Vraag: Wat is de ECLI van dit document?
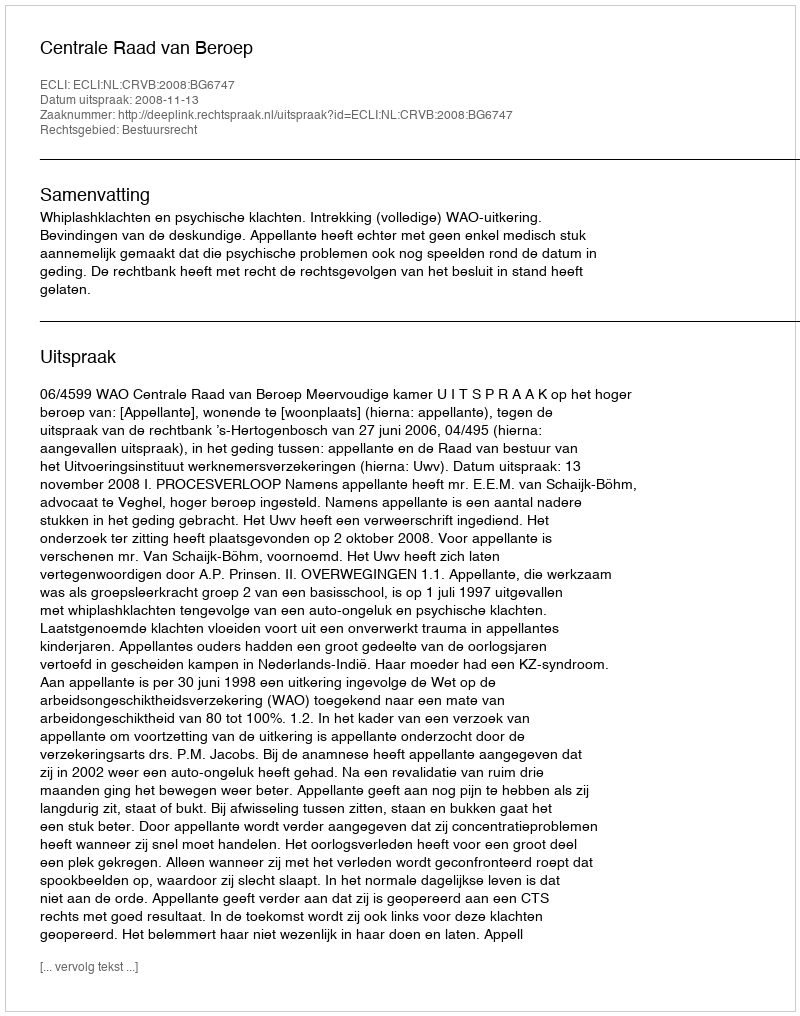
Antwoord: ECLI:NL:CRVB:2008:BG6747